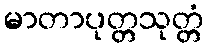
မာတာပုတ္တသုတ္တံ